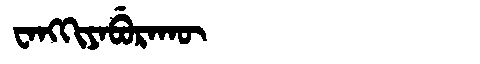
Manchu: ᠸᠠᠩᡴᡳᠶᠠᠪᡠᡵᠠᡴᡡ
Romanization: WANGKIYABURAKŪ